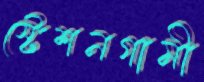
স্টেশনগামী